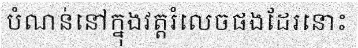
បំណន់នៅក្នុងវត្តរំលេចផងដែរនោះ